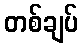
တစ်ချပ်